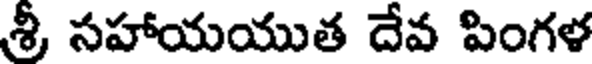
శ్రీ సహాయయుత దేవ పింగళ